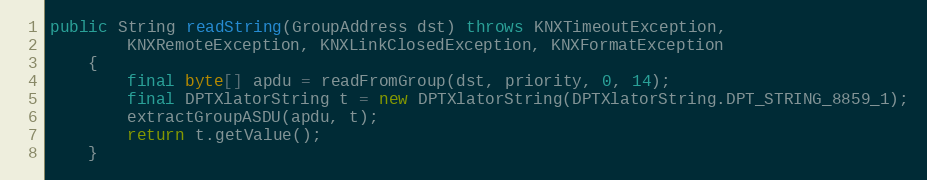
Language: Java
public String readString(GroupAddress dst) throws KNXTimeoutException,
		KNXRemoteException, KNXLinkClosedException, KNXFormatException
	{
		final byte[] apdu = readFromGroup(dst, priority, 0, 14);
		final DPTXlatorString t = new DPTXlatorString(DPTXlatorString.DPT_STRING_8859_1);
		extractGroupASDU(apdu, t);
		return t.getValue();
	}